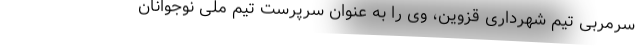
سرمربی تیم شهرداری قزوین، وی را به عنوان سرپرست تیم ملی نوجوانان